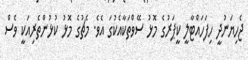
ޖެހިޔަނުދީ ހިފަހައްޓާލީ ކީޕަރުގެ މޮޅު ސޭވްތަކާއެކުގަ އެވެ. މެޗުގެ މޮޅު ކުޅުންތެރިއަކީ ވެސް